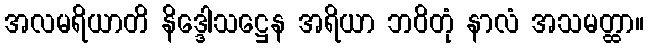
အလမရိယာတိ နိဒ္ဒေါသဋ္ဌေန အရိယာ ဘဝိတုံ နာလံ အသမတ္ထာ။